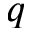
q